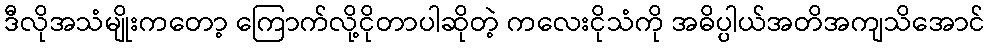
ဒီလိုအသံမျိုးကတော့ ကြောက်လို့ငိုတာပါဆိုတဲ့ ကလေးငိုသံကို အဓိပ္ပါယ်အတိအကျသိအောင်